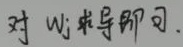
对 \(w_j\) 求导即可。